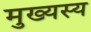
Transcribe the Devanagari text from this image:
मुख्यस्य